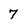
Character: 7